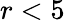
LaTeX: r<5